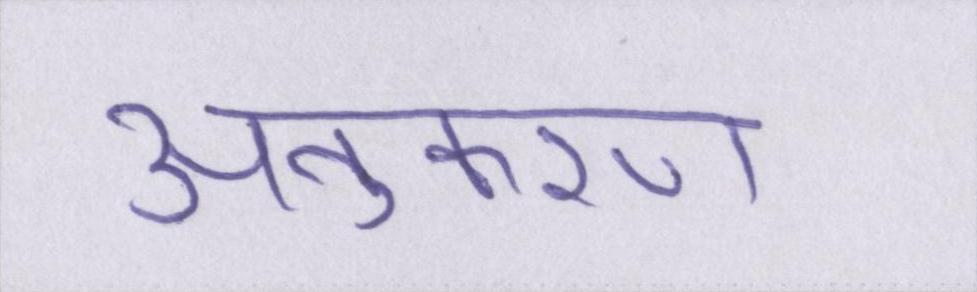
अनुकरण